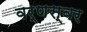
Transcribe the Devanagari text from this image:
वर्णस्वर